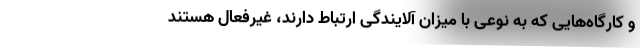
و کارگاه‌هایی که به نوعی با میزان آلایندگی ارتباط دارند، غیرفعال هستند